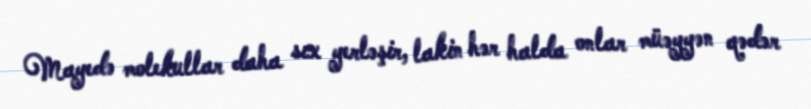
Mayedə molekullar daha sıx yerləşir, lakin hər halda onlar müəyyən qədər